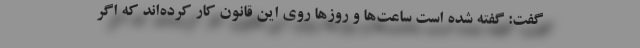
گفت: گفته شده است ساعت‌ها و روزها روی این قانون کار کرده‌اند که اگر